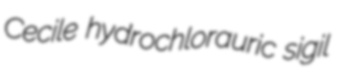
Cecile hydrochlorauric sigil